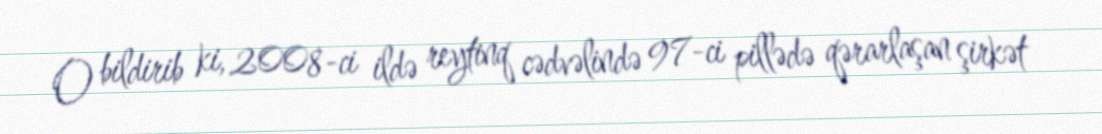
O bildirib ki, 2008-ci ildə reytinq cədvəlində 97-ci pillədə qərarlaşan şirkət